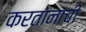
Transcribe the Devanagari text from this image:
करतानाची